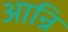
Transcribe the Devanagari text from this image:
आन्रि